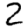
Digit: 2